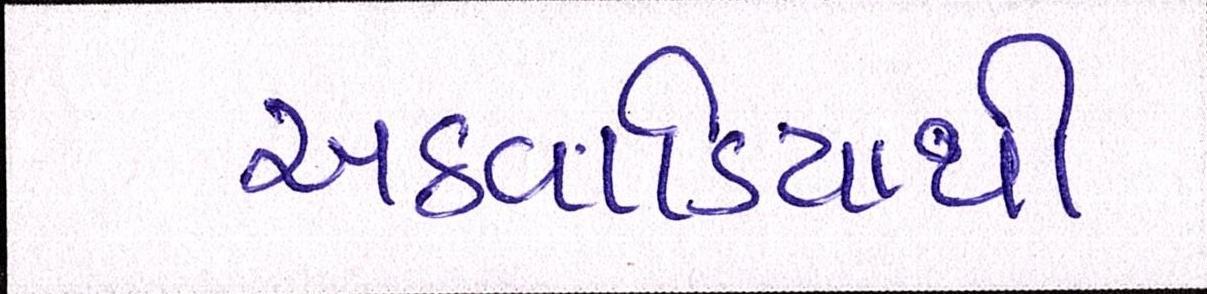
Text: અઠવાડિયાથી